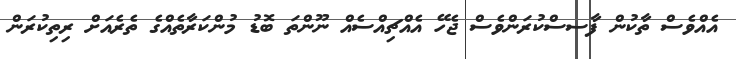
އެއްވެސް ތާކުން ފާސސްކުރަންވެސް ޖެހޭ އެއްޗިއްސެއް ނޫންތަ ބޮޑު މުންކަރާތެއްްގެ ތެރެއަށް ރިތިކުރަން